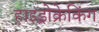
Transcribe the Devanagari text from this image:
हाइड्रोक्रेकिंग